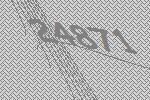
24871